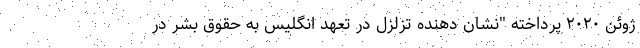
ژوئن ۲۰۲۰ پرداخته "نشان دهنده تزلزل در تعهد انگلیس به حقوق بشر در